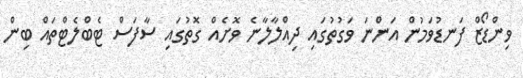
ވިންޑޯޒް ފަނޑުވަމުން އަންނަ ވަގުތުގައި ދިއްލާލާނެ ވޮށެއް ގޮތުގައި ސާފަސް ޓެބްލެޓްތައް ބިން